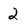
Character: 2